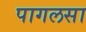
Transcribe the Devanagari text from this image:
पागलसा